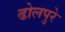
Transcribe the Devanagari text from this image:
ढोलपुरे